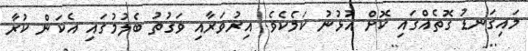
މައިގަނޑު ގޮތެއްގައި ކޮށް އުޅުނު ކަމެކެވެ. އިރުވަރާއި ވަގުތު ބެލުމުގައި އެކަން ކުރާ